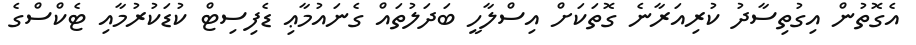
އެގޮތުން އިގުތިސާދު ކުރިއަރާނެ ގޮތަކަށް އިސްލާހީ ބަދަލުތައް ގެނައުމާޢި ޑެފިސިޓް ކުޑަކުރުމާއި ޓެކްސްގެ